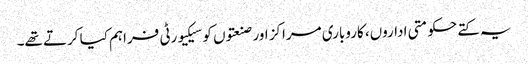
یہ کتے حکومتی اداروں، کاروباری مراکز اور صنعتوں کو سیکیورٹی فراہم کیا کرتے تھے۔